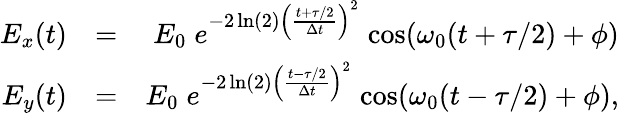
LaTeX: \begin{array}{rlr}{E_{x}(t)}&{=}&{E_{0}\; e^{-2\ln(2)\left(\frac{t+\tau/2}{\Delta t}\right)^{2}}\; \mathrm{cos}(\omega_{0}(t+\tau/2)+\phi)}\\ {E_{y}(t)}&{=}&{E_{0}\; e^{-2\ln(2)\left(\frac{t-\tau/2}{\Delta t}\right)^{2}}\; \mathrm{cos}(\omega_{0}(t-\tau/2)+\phi),}\end{array}